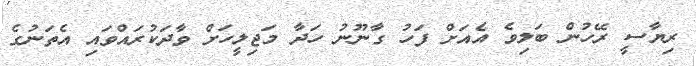
ރިޔާސީ ރޭހުން ބަލިވެ އެއަށް ފަހު ގާނޫނު ހަދާ މަޖިލީހަށް ވާދަކުރައްވައި އެތަނުގެ